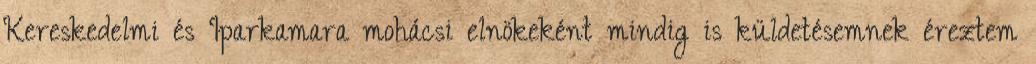
Kereskedelmi és Iparkamara mohácsi elnökeként mindig is küldetésemnek éreztem